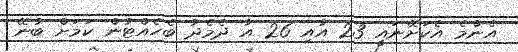
އެންމެ އެކަށޭނައީ 23 އާއި 26 އާ ދެމެދު ބެހެއްޓުން ކަމަށް ބުނޭ